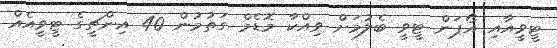
ޓީވީއާއި އޯޕަން ޓީވީ ބެލުމަށް ވިއްކާ މޮޑެމް ގަތުމުން 40 އިންޗީގެ ޓީވީއެއް